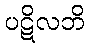
ပဋိလဘိ